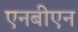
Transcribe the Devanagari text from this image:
एनबीएन